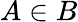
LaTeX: A\in B